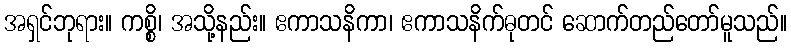
အရှင်ဘုရား။ ကစ္စိ၊ အသို့နည်း။ ဧကာသနိကာ၊ ဧကာသနိက်ဓုတင် ဆောက်တည်တော်မူသည်။